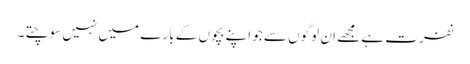
نفرت ہے مجھے ان لوگوں سے جو اپنے بچوں کے بارے میں نہیں سوچتے ۔